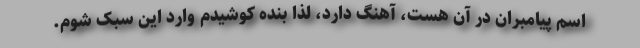
اسم پیامبران در آن هست، آهنگ دارد، لذا بنده کوشیدم وارد این سبک شوم.